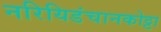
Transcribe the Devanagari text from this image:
नरियिडंचानकोट्टा